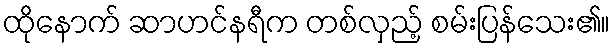
ထိုနောက် ဆာဟင်နရီက တစ်လှည့် စမ်းပြန်သေး၏။